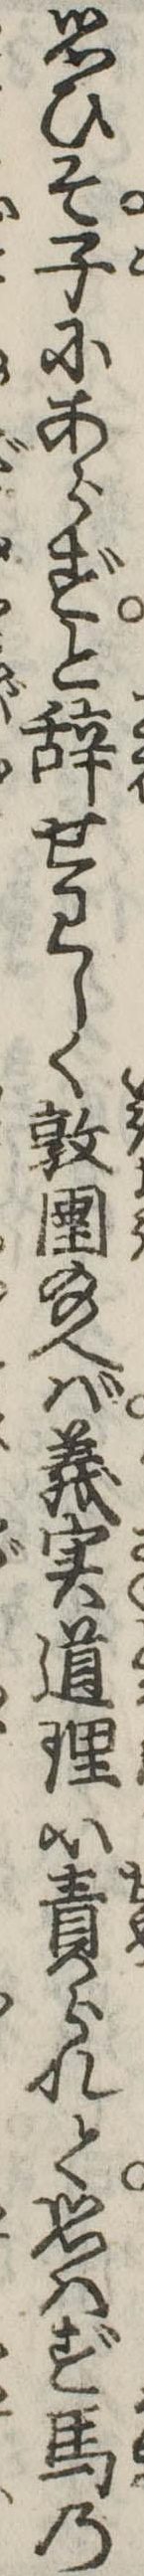
思ひそ子にあらずと辞せわしく敦圉給へば義実道理に責られて思はず馬の